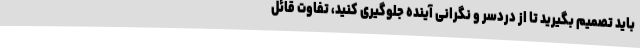
باید تصمیم بگیرید تا از دردسر و نگرانی آینده جلوگیری کنید، تفاوت قائل